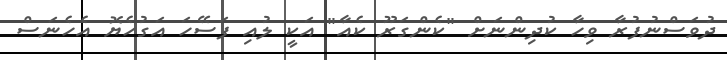
ދުވަސްނުފުރާ ވިހާ ކުދިންނަށް "ކެންގަރޫ ކެއާ" އަކީ ލުއި ފަސޭހަ އަގުހެޔޮ އެހެނަސް